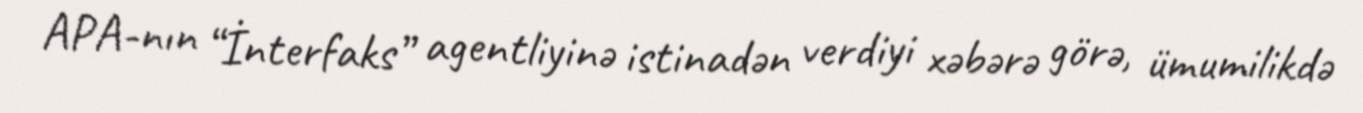
APA-nın “İnterfaks” agentliyinə istinadən verdiyi xəbərə görə, ümumilikdə